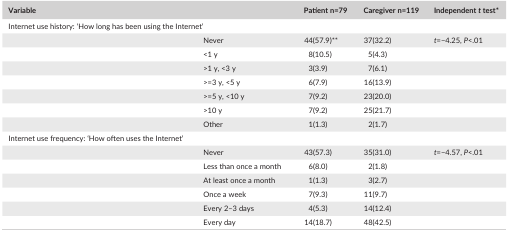
<table><thead><tr><td colspan="2"><b>Variable</b></td><td><b>Patient n=79</b></td><td><b>Caregiver n=119</b></td><td><b>Independent <i>t</i> test*</b></td></tr></thead><tbody><tr><td colspan="5">Internet use history: ‘How long has been using the Internet’</td></tr><tr><td rowspan="7"></td><td>Never</td><td>44(57.9)**</td><td>37(32.2)</td><td><i>t</i>=−4.25, <i>P</i>&lt;.01</td></tr><tr><td>&lt;1 y</td><td>8(10.5)</td><td>5(4.3)</td><td rowspan="6"></td></tr><tr><td>&gt;1 y, &lt;3 y</td><td>3(3.9)</td><td>7(6.1)</td></tr><tr><td>&gt;=3 y, &lt;5 y</td><td>6(7.9)</td><td>16(13.9)</td></tr><tr><td>&gt;=5 y, &lt;10 y</td><td>7(9.2)</td><td>23(20.0)</td></tr><tr><td>&gt;10 y</td><td>7(9.2)</td><td>25(21.7)</td></tr><tr><td>Other</td><td>1(1.3)</td><td>2(1.7)</td></tr><tr><td colspan="5">Internet use frequency: ‘How often uses the Internet’</td></tr><tr><td rowspan="6"></td><td>Never</td><td>43(57.3)</td><td>35(31.0)</td><td><i>t</i>=−4.57, <i>P</i>&lt;.01</td></tr><tr><td>Less than once a month</td><td>6(8.0)</td><td>2(1.8)</td><td rowspan="5"></td></tr><tr><td>At least once a month</td><td>1(1.3)</td><td>3(2.7)</td></tr><tr><td>Once a week</td><td>7(9.3)</td><td>11(9.7)</td></tr><tr><td>Every 2–3 days</td><td>4(5.3)</td><td>14(12.4)</td></tr><tr><td>Every day</td><td>14(18.7)</td><td>48(42.5)</td></tr></tbody></table>